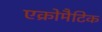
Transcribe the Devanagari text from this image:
एक्रोमैटिक